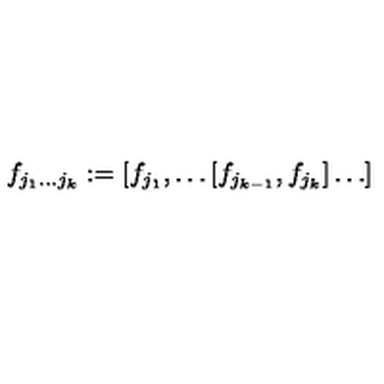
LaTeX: f _ { j _ { 1 } \dots j _ { k } } : = [ f _ { j _ { 1 } } , \dots [ f _ { j _ { k - 1 } } , f _ { j _ { k } } ] \dots ]